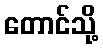
တောင်သို့